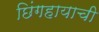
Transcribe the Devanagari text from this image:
छिंगहायाची